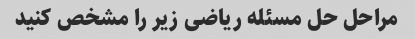
مراحل حل مسئله ریاضی زیر را مشخص کنید